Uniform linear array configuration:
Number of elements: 12
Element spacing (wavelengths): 0.75
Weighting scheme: exponential
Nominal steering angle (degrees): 60
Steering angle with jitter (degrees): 58.3
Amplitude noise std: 0.05
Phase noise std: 0.05

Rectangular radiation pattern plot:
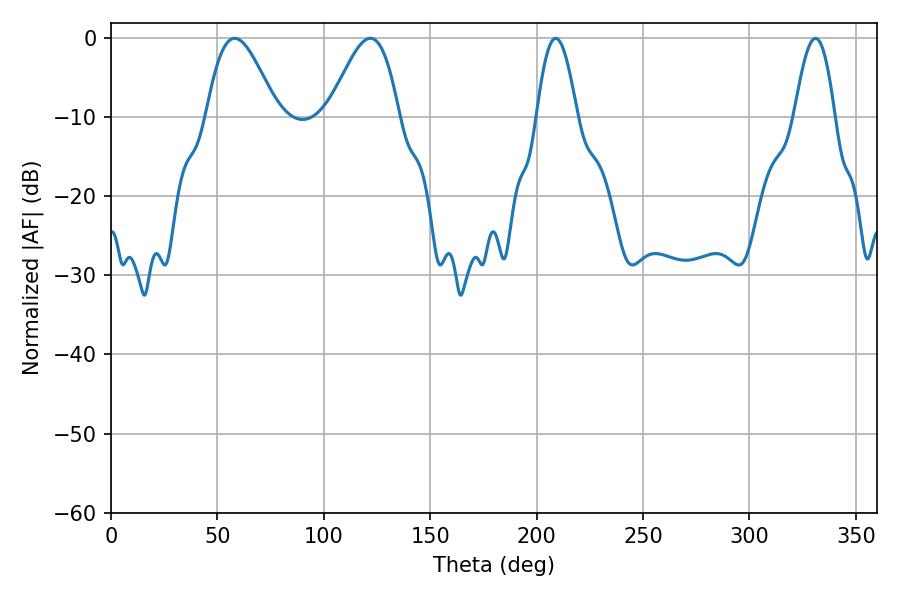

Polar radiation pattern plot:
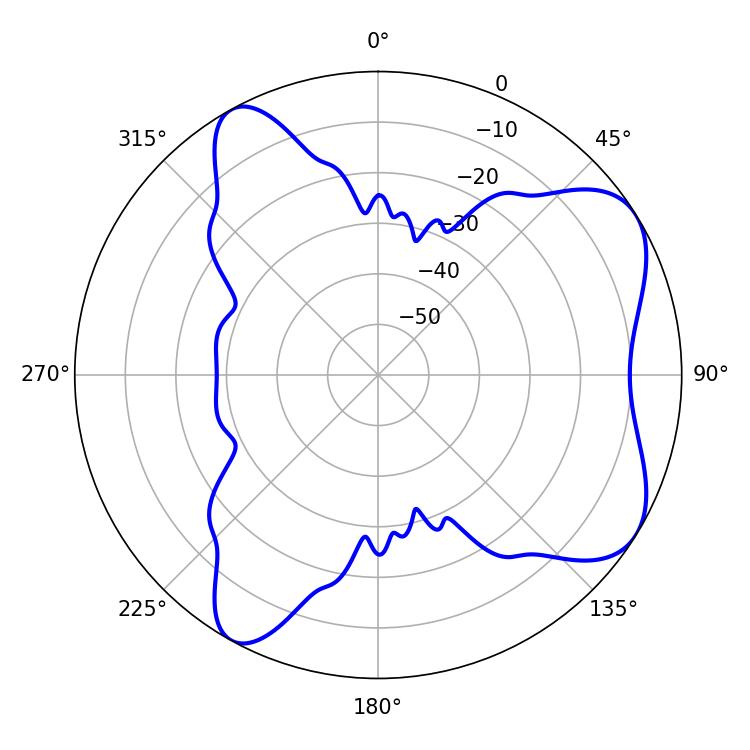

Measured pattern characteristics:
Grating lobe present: TRUE
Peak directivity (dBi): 6.743
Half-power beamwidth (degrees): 17.64
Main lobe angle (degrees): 58.14